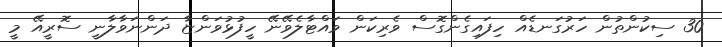
30 ސިކުންތުން ހަރުގަނޑެއް ހިފައިގެންގޮސް ވެރިކަން ވައްޓާލެވޭނޭ ހީފުޅުވަންޏާ ދަންނަވާލާނީ ސޮރީއޭ މީ